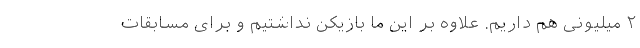
۲ میلیونی هم داریم. علاوه بر این ما بازیکن نداشتیم و برای مسابقات